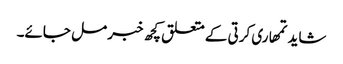
شاید تمھاری کرتی کے متعلق کچھ خبر مل جائے۔